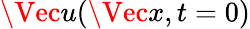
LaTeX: \Vec{u}(\Vec{x},t=0)